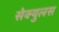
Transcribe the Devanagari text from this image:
सेक्युलस